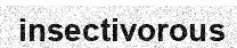
insectivorous